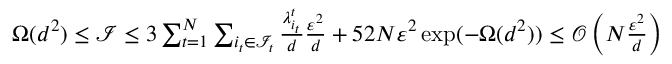
\begin{array} { r } { \Omega ( d ^ { 2 } ) \le \mathcal { I } \le 3 \sum _ { t = 1 } ^ { N } \sum _ { i _ { t } \in \mathcal { I } _ { t } } \frac { \lambda _ { i _ { t } } ^ { t } } { d } \frac { \varepsilon ^ { 2 } } { d } + 5 2 N \varepsilon ^ { 2 } \exp ( - \Omega ( d ^ { 2 } ) ) \le \mathcal { O } \left( N \frac { \varepsilon ^ { 2 } } { d } \right) } \end{array}